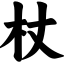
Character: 杖